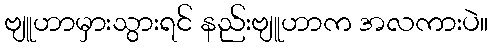
ဗျူဟာမှားသွားရင် နည်းဗျူဟာက အလကားပဲ။